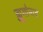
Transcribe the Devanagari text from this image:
ह्यूगोनाट